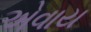
એવાય